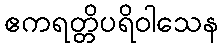
ဧကရတ္တိပရိဝါသေန